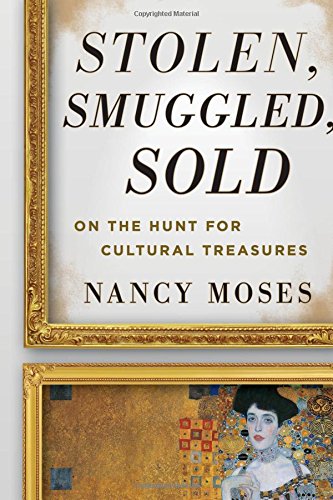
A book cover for Stolen, Smuggled, Sold: On the Hunt for Cultural Treasures; Nancy Moses; Crafts, Hobbies & Home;